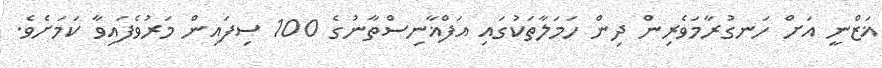
ޣަޒްނީ އަށް ހަނގުރާމަވެރިން ދިން ހަމަލާތަކުގައި އަފްޣާނިސްތާނުގެ 100 ސިފައިން މަރުވެފައިވާ ކަމަށެވެ.